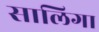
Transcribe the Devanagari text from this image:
सालिगा